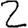
Digit: 2